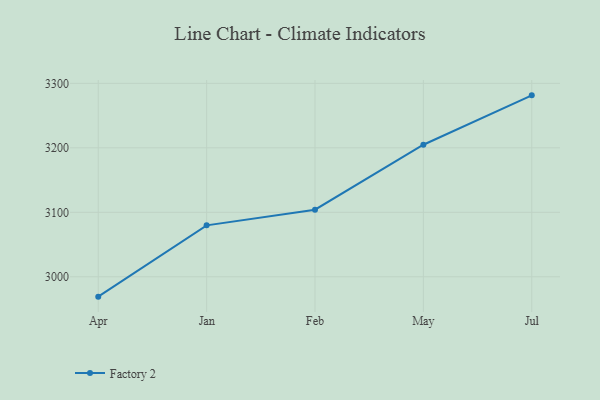
{"axis": {"x": "Month", "y": "Tickets Resolved"}, "legend": ["Factory 2"], "data": [{"x": "Apr", "y": 2969.2, "type": "Factory 2"}, {"x": "Jan", "y": 3079.8, "type": "Factory 2"}, {"x": "Feb", "y": 3104.1, "type": "Factory 2"}, {"x": "May", "y": 3204.8, "type": "Factory 2"}, {"x": "Jul", "y": 3281.4, "type": "Factory 2"}]}